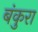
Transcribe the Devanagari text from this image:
बंकुरा